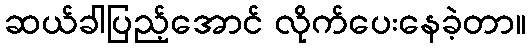
ဆယ်ခါပြည့်အောင် လိုက်ပေးနေခဲ့တာ။